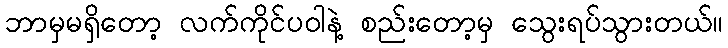
ဘာမှမရှိတော့ လက်ကိုင်ပဝါနဲ့ စည်းတော့မှ သွေးရပ်သွားတယ်။